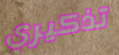
تذكيري